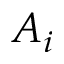
A _ { i }